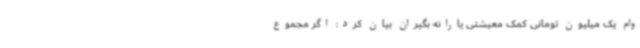
وام یک میلیون تومانی کمک معیشتی یارانه بگیران بیان کرد: اگر مجموع